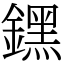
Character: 𨭆